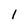
Character: l